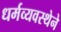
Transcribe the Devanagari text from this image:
धर्मव्यवस्थेने